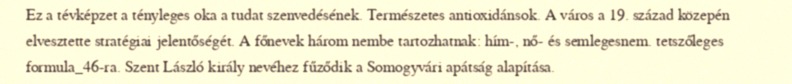
Ez a tévképzet a tényleges oka a tudat szenvedésének. Természetes antioxidánsok. A város a 19. század közepén elvesztette stratégiai jelentőségét. A főnevek három nembe tartozhatnak: hím-, nő- és semlegesnem. tetszőleges formula_46-ra. Szent László király nevéhez fűződik a Somogyvári apátság alapítása.